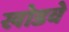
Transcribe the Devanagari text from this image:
खोडवे